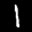
Label: 1